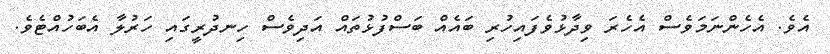
އެވެ. އެހެންނަމަވެސް އެހެރަ ވިދާޅުވެފައިހުރި ބައެއް ބަސްފުޅުތައް އަދިވެސް ހިނދުރީގައި ހަރުލާ އެބަހުއްޓެވެ.